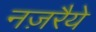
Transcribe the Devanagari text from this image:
नज़रैये